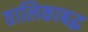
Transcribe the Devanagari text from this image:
तालिकाबद्ध